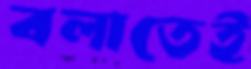
বলাতেই